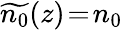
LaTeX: \widetilde{n_{0}}(z)\! =\! n_{0}